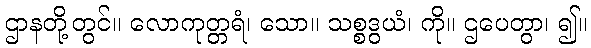
ဌာနတို့တွင်။ လောကုတ္တရံ၊ သော။ သစ္စဒွယံ၊ ကို။ ဌပေတွာ၊ ၍။